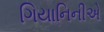
ગિયાનિનીએ